Vaccine operations Central Provinces & Berar 1922-1929 - 1922-1929
Year: 1922
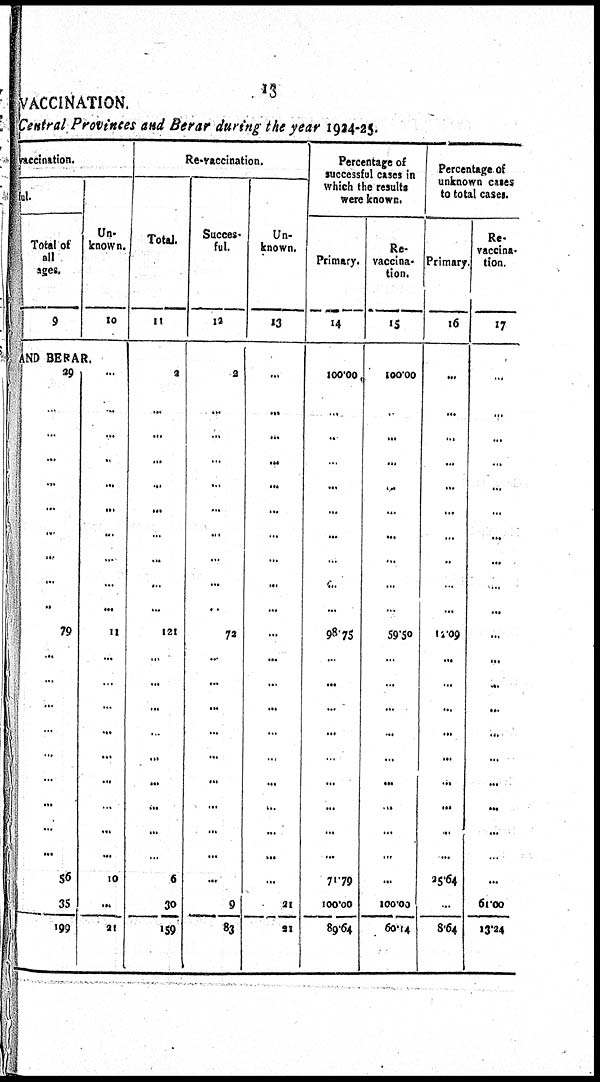
13
VACCINATION.
Central Provinces and Berar during the year 1924-25.
vaccination.
ful.
Total of
all
ages.
9
Un-
known.
10
AND BERAR.
29
...
...
...
...
...
...
...
...
...
79
...
...
...
...
...
...
...
...
56
35
199
...
...
...
...
...
...
...
...
...
...
11
...
...
...
...
...
...
...
...
10
...
21
Re-vaccination.
Total.
11
2
...
...
...
...
...
...
...
...
...
121
...
...
...
...
...
...
...
...
6
30
159
Succes¬
ful.
12
2
...
...
...
...
...
...
...
...
...
72
...
...
...
...
...
...
...
...
...
9
83
Un-
known.
13
...
...
...
...
...
...
...
...
...
...
...
...
...
...
...
...
...
...
...
...
21
21
Percentage of
successful cases in
which the results
were known.
Primary.
14
100.00
...
...
...
...
...
...
...
...
...
98.75
...
...
...
...
...
...
...
...
71.79
100.00
89.64
Re¬
vaccina¬
tion.
15
100.00
...
...
...
...
...
...
...
...
...
59.50
...
...
...
...
...
...
...
...
...
100.00
60.14
Percentage of
unknown cases
to total cases.
Primary.
16
...
...
...
...
...
...
...
...
...
...
12.09
...
...
...
...
...
...
...
...
25.64
...
8.64
Re¬
vaccina¬
tion.
17
...
...
...
...
...
...
...
...
...
...
...
...
...
...
...
...
...
...
...
...
61.00
13.24